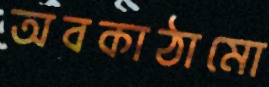
অবকাঠামো